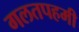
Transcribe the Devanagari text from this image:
गलतपहमी